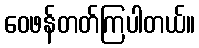
ဝေဖန်တတ်ကြပါတယ်။